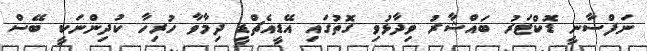
ނަފްސާނީ ޑޮކްޓަރު ބައްޝާރު ވިދާޅުވި ގޮތުގައި އޭޑީއެޗްޑީ ދިމާވާ ހުރިހާ ކުދިންނަކީ ބޭސް